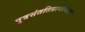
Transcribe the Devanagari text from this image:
पुत्रसंततिप्राप्तीसाठी